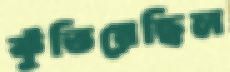
কুঁতিয়েছিল